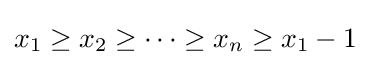
x_{1}\geq x_{2}\geq \cdots \geq x_{n}\geq x_{1}-1